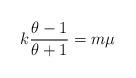
LaTeX: \begin{align*} k\dfrac{\theta-1}{\theta+1}=m \mu\end{align*}